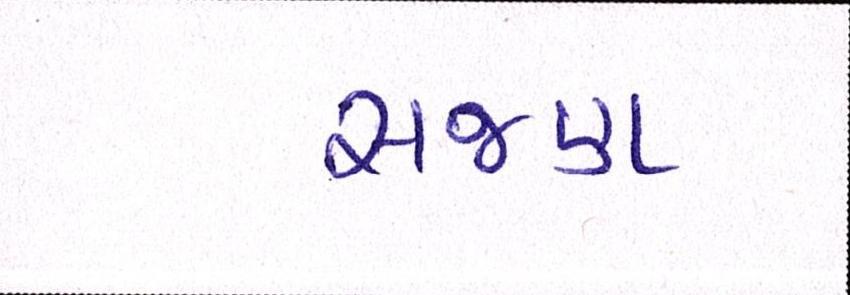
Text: સજણ